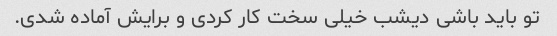
تو باید باشی دیشب خیلی سخت کار کردی و برایش آماده شدی.